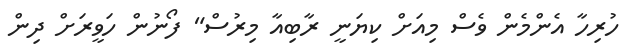
ހުރިހާ އެންމެން ވެސް މިއަށް ކިޔަނީ ރާބިއާ މިރުސް" ފޯނުން ހަވީރަށް ދިން